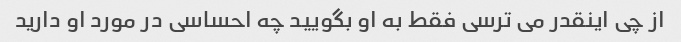
از چی اینقدر می ترسی فقط به او بگویید چه احساسی در مورد او دارید